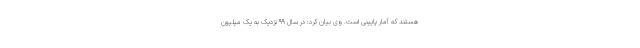
هستند که آمار پایینی است. وی بیان کرد: در سال ۹۹ نزدیک به یک میلیون